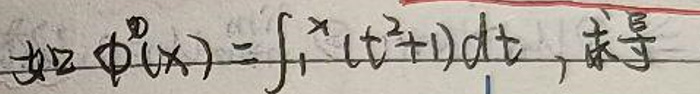
如$\ \ \phi(x)=\int_{1}^{x}(t^{2}+1)dt,$求导